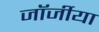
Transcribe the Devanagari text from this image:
जॉर्जीया